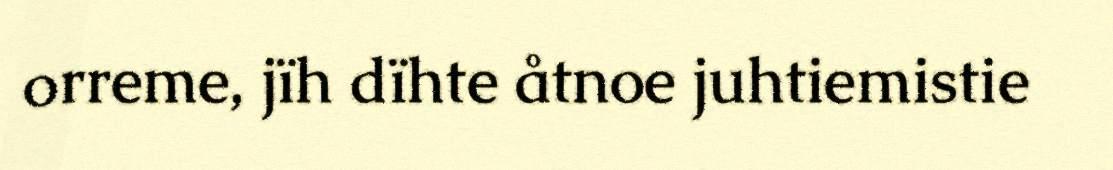
orreme, jïh dïhte åtnoe juhtiemistie